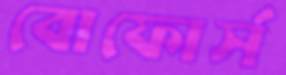
বোফোর্স